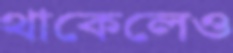
থাকেলেও